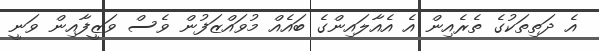
އެ ދަތިތަކުގެ ތެރެއިން އެ އެއާލައިންގެ ބައެއް މުވައްޒަފުން ވެސް ވަޒީފާއިން ވަނީ